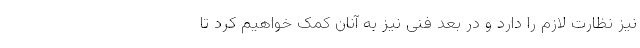
نیز نظارت لازم را دارد و در بُعد فنی نیز به آنان کمک خواهیم کرد تا